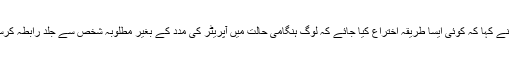
انہوں نے کہا کہ کوئی ایسا طریقہ اختراع کیا جائے کہ لوگ ہنگامی حالت میں آپریٹر کی مدد کے بغیر مطلوبہ شخص سے جلد رابطہ کرسکیں۔